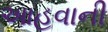
આહવાની